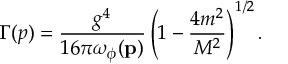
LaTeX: \Gamma ( p ) = \frac { g ^ { 4 } } { 1 6 \pi \omega _ { \phi } ( { \bf p } ) } \left( 1 - \frac { 4 m ^ { 2 } } { M ^ { 2 } } \right) ^ { 1 / 2 } .